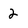
Character: 2